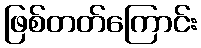
ဖြစ်တတ်ကြောင်း